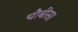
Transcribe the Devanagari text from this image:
चौबीस।